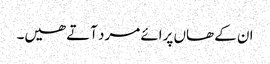
ان کے ھاں پرائے مرد آتے ھیں۔